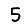
Digit: 5